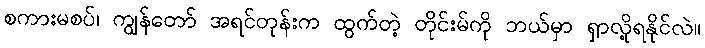
စကားမစပ်၊ ကျွန်တော် အရင်တုန်းက ထွက်တဲ့ တိုင်းမ်ကို ဘယ်မှာ ရှာလို့ရနိုင်လဲ။